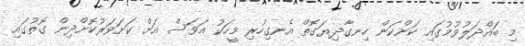
މި ބައްދަލުވުމުގައި ކަންކަން ހިނގާދިޔަގޮތް އެނގިހުރި މީހަކު އަވަސް އަށް ކަށަވަރުކޮށްދިން ގޮތުގައި